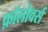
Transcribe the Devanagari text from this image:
फ़ॉलोवर्स